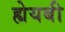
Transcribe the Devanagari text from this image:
ह्येयबी